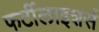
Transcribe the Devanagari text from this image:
फर्टीलाइशर्स